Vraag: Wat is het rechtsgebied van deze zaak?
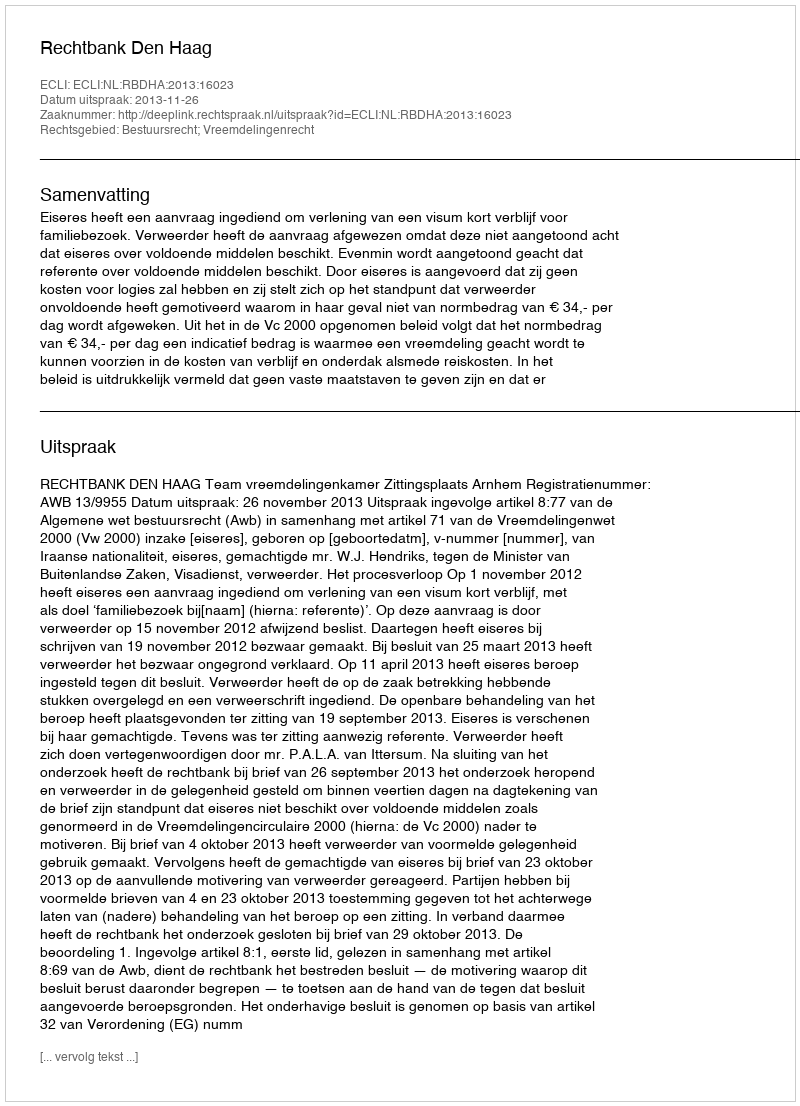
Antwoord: Bestuursrecht; Vreemdelingenrecht